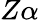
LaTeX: Z\alpha